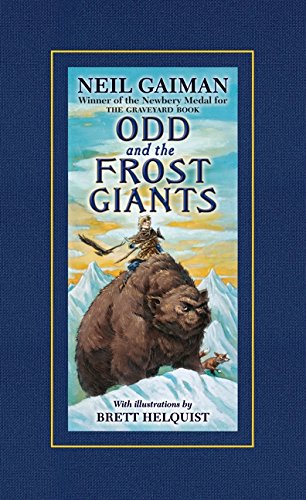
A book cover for Odd and the Frost Giants; Neil Gaiman; Science Fiction & Fantasy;